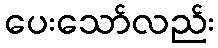
ပေးသော်လည်း